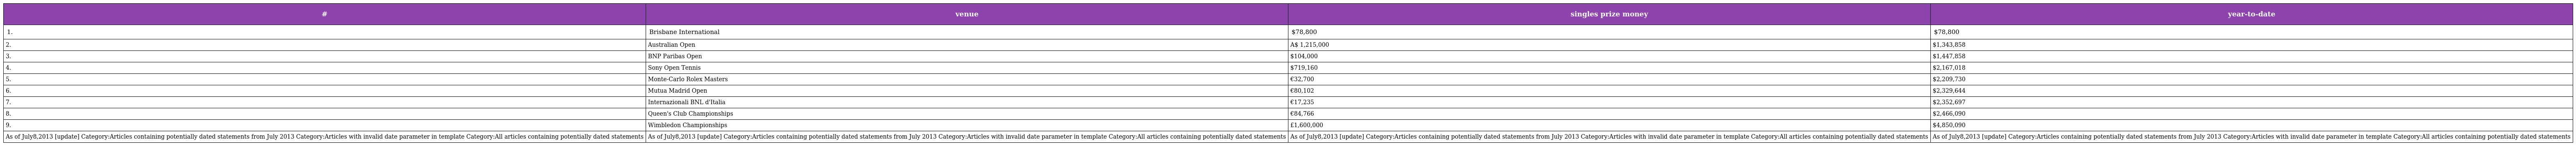
| # | venue | singles prize money | year-to-date |
 | --- | --- | --- | --- |
 | 1. | Brisbane International | $78,800 | $78,800 |
 | 2. | Australian Open | A$ 1,215,000 | $1,343,858 |
 | 3. | BNP Paribas Open | $104,000 | $1,447,858 |
 | 4. | Sony Open Tennis | $719,160 | $2,167,018 |
 | 5. | Monte-Carlo Rolex Masters | €32,700 | $2,209,730 |
 | 6. | Mutua Madrid Open | €80,102 | $2,329,644 |
 | 7. | Internazionali BNL d'Italia | €17,235 | $2,352,697 |
 | 8. | Queen's Club Championships | €84,766 | $2,466,090 |
 | 9. | Wimbledon Championships | £1,600,000 | $4,850,090 |
 | As of July8,2013 [update] Category:Articles containing potentially dated statements from July 2013 Category:Articles with invalid date parameter in template Category:All articles containing potentially dated statements | As of July8,2013 [update] Category:Articles containing potentially dated statements from July 2013 Category:Articles with invalid date parameter in template Category:All articles containing potentially dated statements | As of July8,2013 [update] Category:Articles containing potentially dated statements from July 2013 Category:Articles with invalid date parameter in template Category:All articles containing potentially dated statements | As of July8,2013 [update] Category:Articles containing potentially dated statements from July 2013 Category:Articles with invalid date parameter in template Category:All articles containing potentially dated statements |